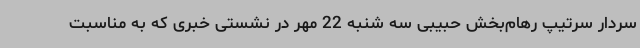
سردار سرتیپ رهام‌بخش حبیبی سه شنبه 22 مهر در نشستی خبری که به مناسبت